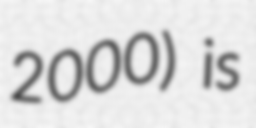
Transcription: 2000) is